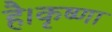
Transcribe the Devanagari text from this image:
है।कृष्णा